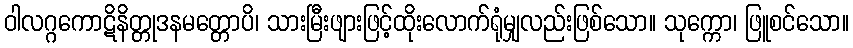
ဝါလဂ္ဂကောဋိနိတ္တုဒနမတ္တောပိ၊ သားမြီးဖျားဖြင့်ထိုးလောက်ရုံမျှလည်းဖြစ်သော။ သုက္ကော၊ ဖြူစင်သော။